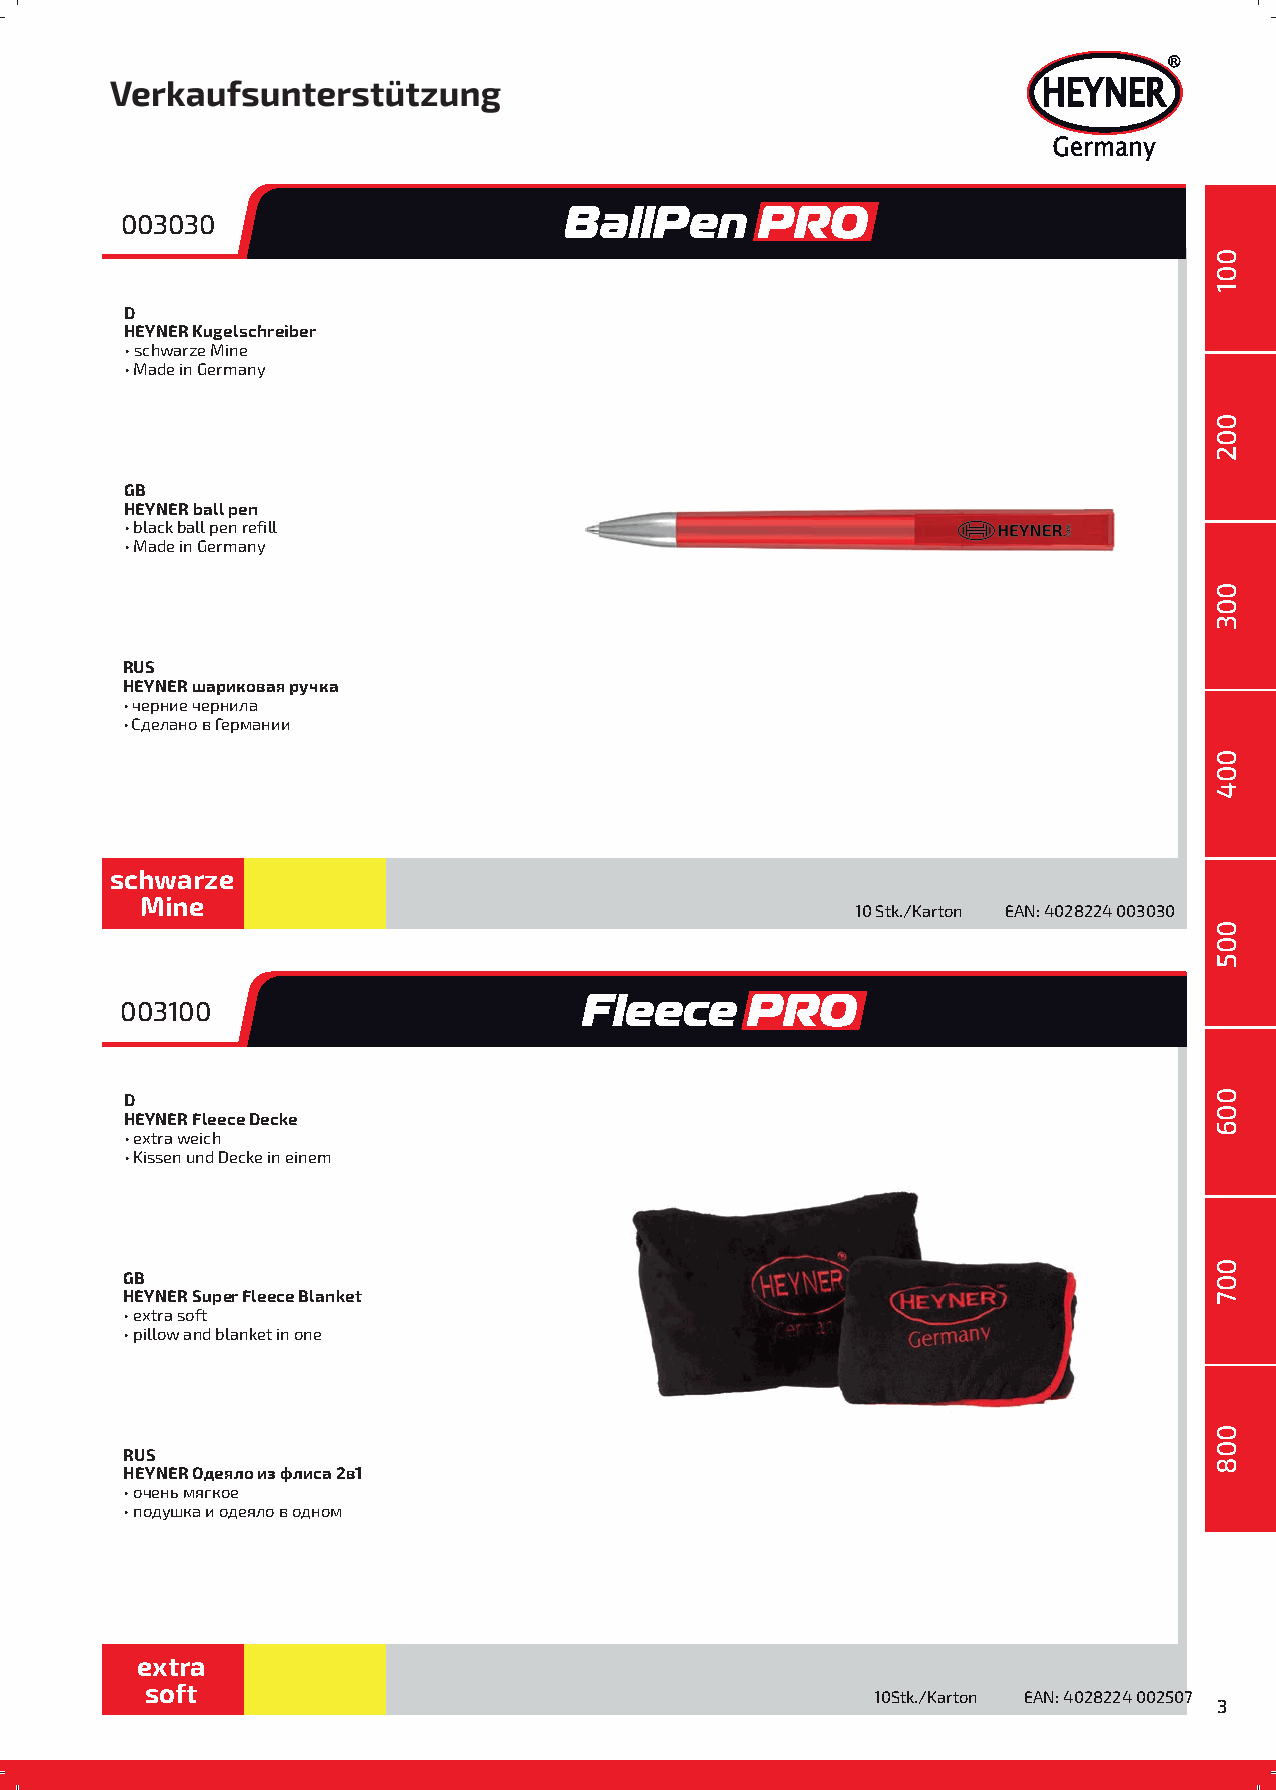
®
 HEYNER
 Germany
 BallPen      PRO
 003030
 D
 HEYNER Kugelschreiber
 • schwarze Mine
 • Made in Germany
 GB
 HEYNER ball pen
 • black ball pen refill
 • Made in Germany
 RUS
 HEYNER шариковая ручка
 • черние чернила
 • Сделано в Германии
 schwarze
 Mine
 10 Stk./Karton EAN: 4028224 003030
 Fleece     PRO
 003100
 D
 HEYNER Fleece Decke
 • extra weich
 • Kissen und Decke in einem
 GB
 HEYNER Super Fleece Blanket
 • extra soft
 • pillow andblanket in one
 RUS
 HEYNER Одеяло из флиса 2в1
 • очень мягкое
 • подушка и одеяло в одном
 extra
 soft
 10Stk./Karton EAN: 4028224 0025077
 3
 001
 002
 003
 004
 005
 006
 007
 000018